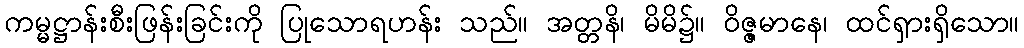
ကမ္မဋ္ဌာန်းစီးဖြန်းခြင်းကို ပြုသောရဟန်း သည်။ အတ္တနိ၊ မိမိ၌။ ဝိဇ္ဇမာနေ၊ ထင်ရှားရှိသော။